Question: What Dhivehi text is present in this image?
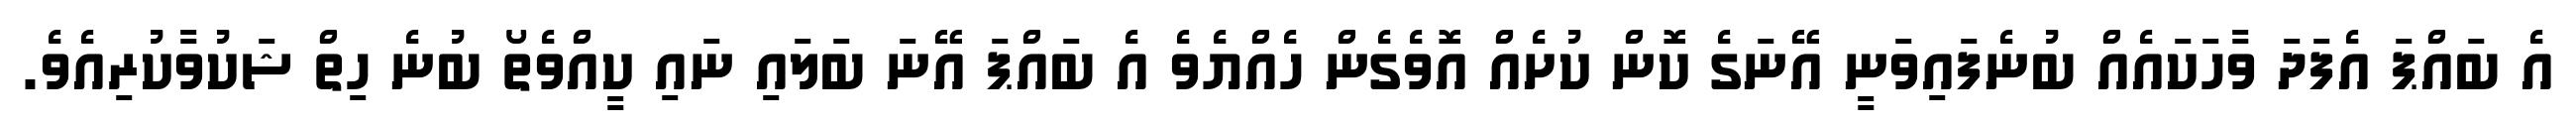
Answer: އެ ބައްޕަ އެފަދަ ވާހަކައެއް ބުނެފައިވަނީ އޭނަގެ ކޮން ކުށެއް އޮވެގެން ހެއްޔެވެ އެ ބައްޕަ އޭނަ ބަލައި ނައި ކީއްވެތޯ ބުނެ ހިތް ޝަކުވާކުރިއެވެ.